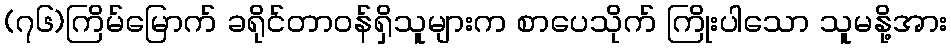
(၇၆)ကြိမ်မြောက် ခရိုင်တာဝန်ရှိသူများက စာပေသိုက် ကြိုးပါသော သူမနို့အား